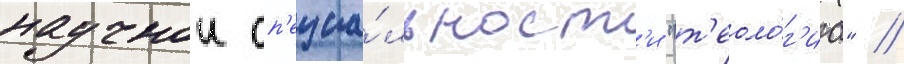
научнои сп'ециа́льност'и "т'еоло́г'иа" //